Report of the Indian Hemp Drugs Commission, 1894-1895 - Volume IV
Year: 1894
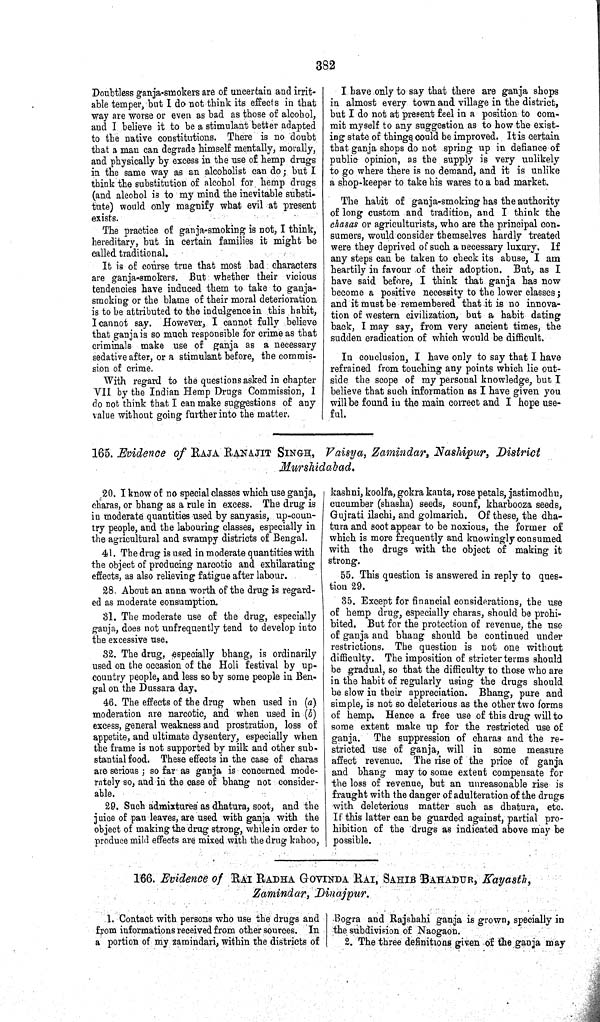
382
Doubtless ganja-smokers are of uncertain and irrit-
able temper, but I do not think its effects in that
way are worse or even as bad as those of alcohol,
and I believe it to be a stimulant better adapted
to the native constitutions. There is no doubt
that a man can degrade himself mentally, morally,
and physically by excess in the use of hemp drugs
in the same way as an alcoholist can do; but I
think the substitution of alcohol for hemp drugs
(and alcohol is to my mind the inevitable substi-
tute) would only magnify what evil at present
exists.
The practice of ganja-smoking is not, I think,
hereditary, but in certain families it might be
called traditional.
It is of course true that most bad characters
are ganja-smokers. But whether their vicious
tendencies have induced them to take to ganja-
smoking or the blame of their moral deterioration
is to be attributed to the indulgence in this habit,
I cannot say. However, I cannot fully believe
that ganja is so much responsible for crime as that
criminals make use of ganja as a necessary
sedative after, or a stimulant before, the commis-
sion of crime.
With regard to the questions asked in chapter
VII by the Indian Hemp Drugs Commission, I
do not think that I can make suggestions of any
value without going further into the matter.
I have only to say that there are ganja shops
in almost every town and village in the district,
but I do not at present feel in a position to com-
mit myself to any suggestion as to how the exist-
ing state of things could be improved. It is certain
that ganja shops do not spring up in defiance of
public opinion, as the supply is very unlikely
to go where there is no demand, and it is unlike
a shop-keeper to take his wares to a bad market.
The habit of ganja-smoking has the authority
of long custom and tradition, and I think the
chasas or agriculturists, who are the principal con-
sumers, would consider themselves hardly treated
were they deprived of such a necessary luxury. If
any steps can be taken to check its abuse, I am
heartily in favour of their adoption. But, as I
have said before, I think that ganja has now
become a positive necessity to the lower classes;
and it must be remembered that it is no innova-
tion of western civilization, but a habit dating
back, I may say, from very ancient times, the
sudden eradication of which would be difficult.
In conclusion, I have only to say that I have
refrained from touching any points which lie out-
side the scope of my personal knowledge, but I
believe that such information as I have given you
will be found in the main correct and I hope use-
ful.
165. Evidence of RAJA RANAJIT SINGH, Vaisya, Zamindar, Nashipur, District
Murshidabad.
20. I know of no special classes which use ganja,
charas, or bhang as a rule in excess. The drug is
in moderate quantities used by sanyasis, up-coun-
try people, and the labouring classes, especially in
the agricultural and swampy districts of Bengal.
41. The drug is used in moderate quantities with
the object of producing narcotic and exhilarating
effects, as also relieving fatigue after labour.
28, About an anna worth of the drug is regard-
ed as moderate consumption.
31. The moderate use of the drug, especially
ganja, does not unfrequently tend to develop into
the excessive use.
32. The drug, especially bhang, is ordinarily
used on the occasion of the Holi festival by up-
country people, and less so by some people in Ben-
gal on the Dussara day.
46. The effects of the drug when used in (a)
moderation are narcotic, and when used in (b)
excess, general weakness and prostration, loss of
appetite, and ultimate dysentery, especially when
the frame is not supported by milk and other sub-
stantial food. These effects in the case of charas
are serious; so far as ganja is concerned mode-
rately so, and in the case of bhang not consider-
able.
29. Such admixtures as dhatura, soot, and the
juice of pan leaves, are used with ganja with the
object of making the drug strong, while in order to
produce mild effects are mixed with the drug kahoo,
kashni, koolfa, gokra kanta, rose petals, jastimodhu,
cucumber (shasha) seeds, sounf, kharbooza seeds,
Gujrati ilachi, and golmarich. Of these, the dha-
tura and soot appear to be noxious, the former of
which is more frequently and knowingly consumed
with the drugs with the object of making it
strong.
55. This question is answered in reply to ques-
tion 29.
35. Except for financial considerations, the use
of hemp drug, especially charas, should be prohi-
bited. But for the protection of revenue, the use
of ganja and bhang should be continued under
restrictions. The question is not one without
difficulty. The imposition of stricter terms should
be gradual, so that the difficulty to those who are
in the habit of regularly using the drugs should
be slow in their appreciation. Bhang, pure and
simple, is not so deleterious as the other two forms
of hemp. Hence a free use of this drug will to
some extent make up for the restricted use of
ganja. The suppression of charas and the re-
stricted use of ganja, will in some measure
affect revenue. The rise of the price of ganja
and bhang may to some extent compensate for
the loss of revenue, but an unreasonable rise is
fraught with the danger of adulteration of the drugs
with deleterious matter such as dhatura, etc.
If this latter can be guarded against, partial pro-
hibition of the drugs as indicated above may be
possible.
166. Evidence of RAI RADHA GOVINDA RAI, SAHIB BAHADUR, Kayasth,
Zamindar, Dinajpur.
1. Contact with persons who use the drugs and
from informations received from other sources. In
a portion of my zamindari, within the districts of
Bogra and Rajshahi ganja is grown, specially in
the subdivision of Naogaon.
2. The three definitions given of the ganja may